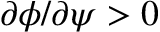
\partial \phi / \partial \psi > 0